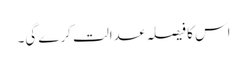
اس کا فیصلہ عدالت کرے گی۔